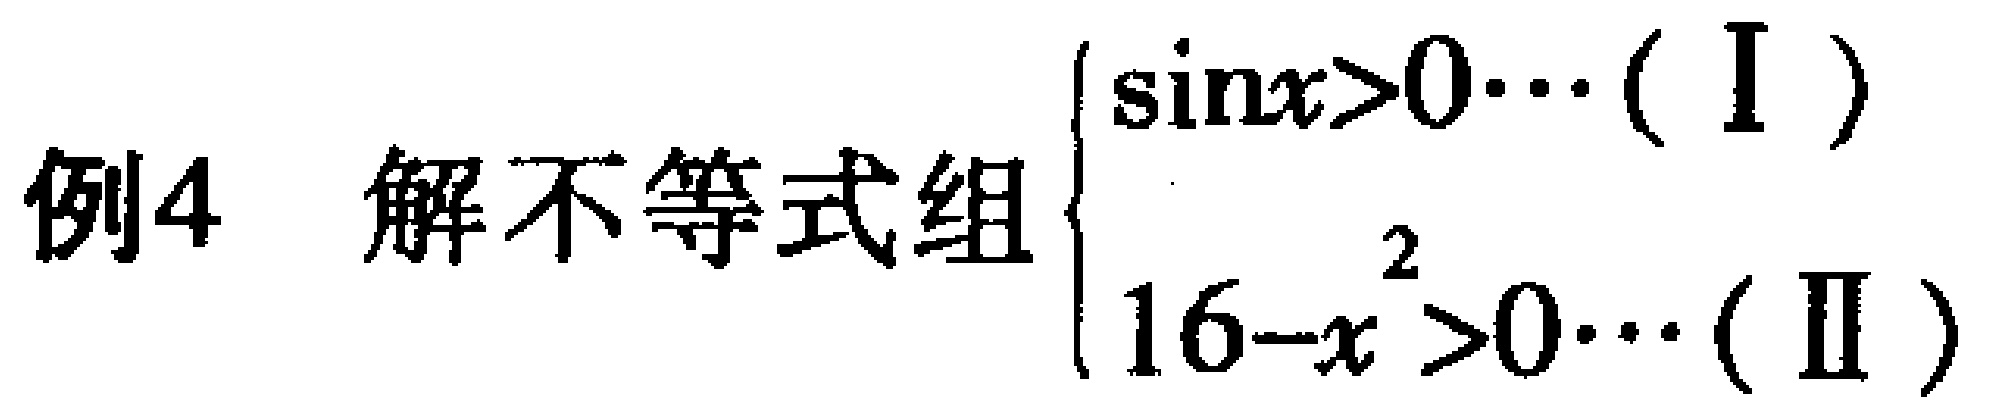
例4 解不等式组$\begin{cases}
\sin x>0\cdots(\text{I}) \\
16 - x^{2}>0\cdots(\text{II})
\end{cases}$